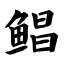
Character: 鲳